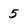
Character: 5